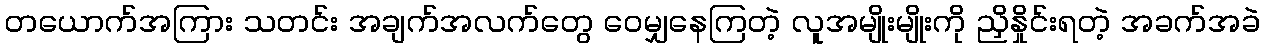
တယောက်အကြား သတင်း အချက်အလက်တွေ ဝေမျှနေကြတဲ့ လူအမျိုးမျိုးကို ညှိနှိုင်းရတဲ့ အခက်အခဲ